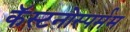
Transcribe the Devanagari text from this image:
कॅस्टनोस्पर्मम